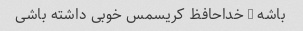
باشه - خداحافظ کریسمس خوبی داشته باشی